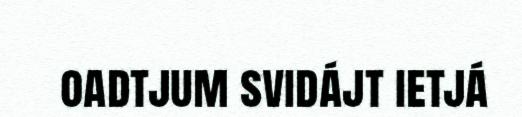
oadtjum svidájt ietjá